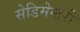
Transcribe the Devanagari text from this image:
सेडिमेन्टरी